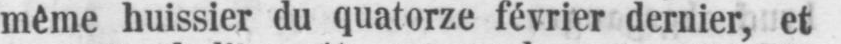
même huissier du quatorze février dernier, et